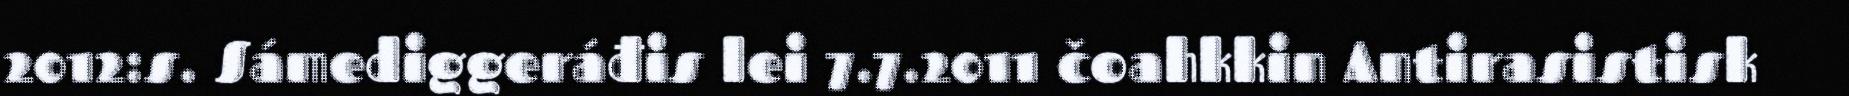
2012:s. Sámediggeráđis lei 7.7.2011 čoahkkin Antirasistisk